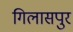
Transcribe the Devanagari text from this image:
गिलासपुर